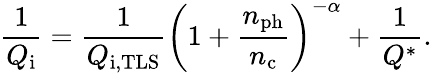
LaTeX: \frac{1}{Q_{\mathrm{i}}}=\frac{1}{Q_{\mathrm{i,TLS}}}\left(1+\frac{n_{\mathrm{ph}}}{n_{\mathrm{c}}}\right)^{-\alpha}+\frac{1}{Q^{*}}.